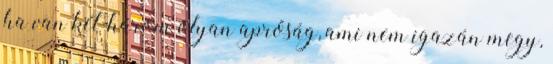
ha van két-három olyan apróság, ami nem igazán megy,